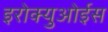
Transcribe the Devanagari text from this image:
इरोक्युओईस